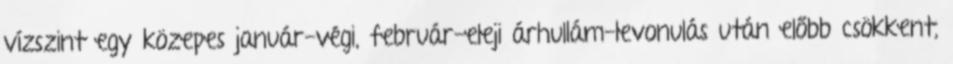
vízszint egy közepes január-végi, február-eleji árhullám-levonulás után előbb csökkent,